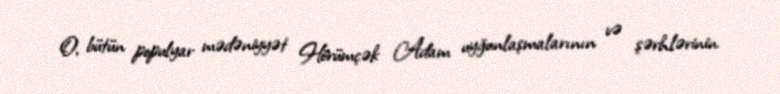
O, bütün populyar mədəniyyət Hörümçək Adam uyğunlaşmalarının və şərhlərinin